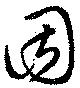
因